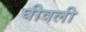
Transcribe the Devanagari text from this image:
घीवली